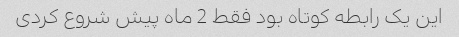
این یک رابطه کوتاه بود فقط 2 ماه پیش شروع کردی